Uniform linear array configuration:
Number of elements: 64
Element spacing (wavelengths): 1
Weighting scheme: hann
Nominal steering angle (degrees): -15
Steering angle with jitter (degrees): -14.651
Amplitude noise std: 0.05
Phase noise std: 0.05

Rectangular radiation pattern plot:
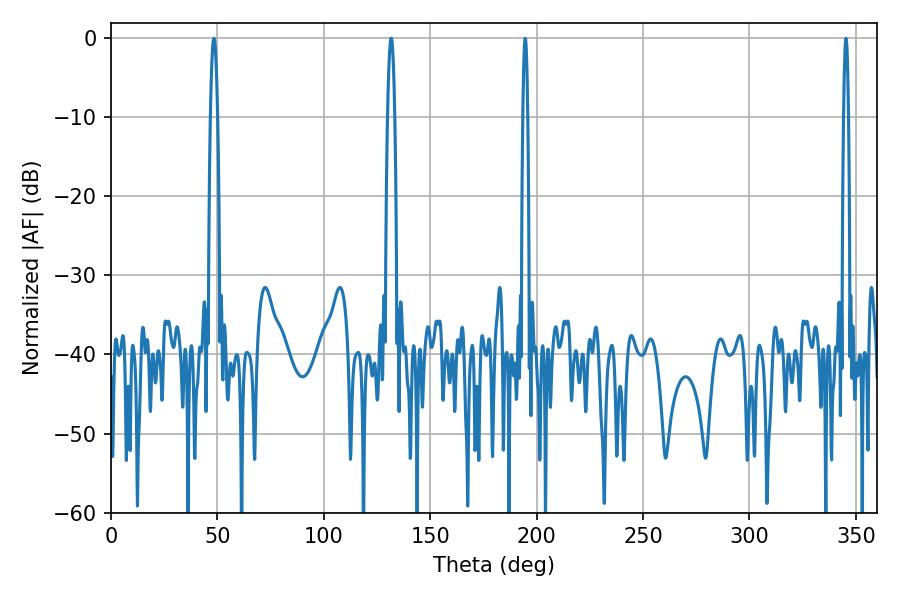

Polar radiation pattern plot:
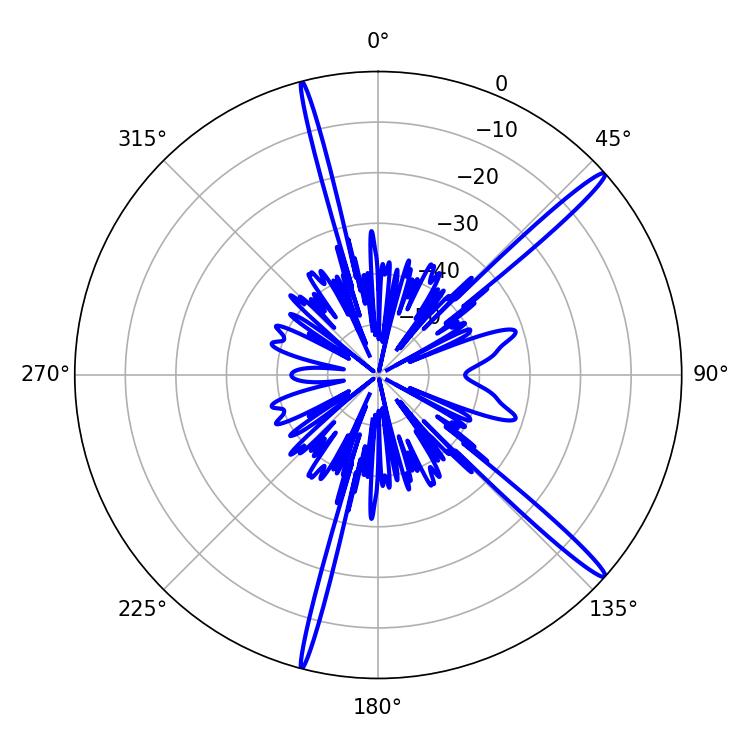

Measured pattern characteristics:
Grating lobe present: TRUE
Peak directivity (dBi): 16.841
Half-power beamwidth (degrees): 1.8
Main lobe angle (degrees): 48.42